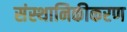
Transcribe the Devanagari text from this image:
संस्थानिकीकरण